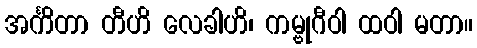
အင်္ကိတာ တီဟိ လေခါဟိ၊ ကမ္ဗုဂီဝါ ထဝါ မတာ။